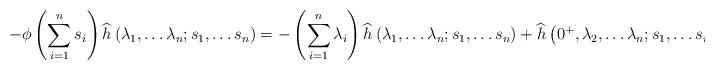
LaTeX: \begin{align*}-\phi\left(\sum_{i=1}^{n}s_{i}\right)\widehat{h}\left(\lambda_{1},\ldots\lambda_{n};s_{1},\ldots s_{n}\right)=-\left(\sum_{i=1}^{n}\lambda_{i}\right)\widehat{h}\left(\lambda_{1},\ldots\lambda_{n};s_{1},\ldots s_{n}\right)+\widehat{h}\left(0^{+},\lambda_{2},\ldots\lambda_{n};s_{1},\ldots s_{n}\right).\end{align*}